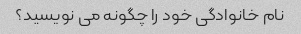
نام خانوادگی خود را چگونه می نویسید؟